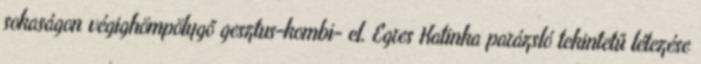
sokaságon végighömpölygő gesztus-kombi- el. Egres Katinka parázsló tekintetű létezése